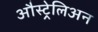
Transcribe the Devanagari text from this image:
औस्ट्रेलिअन